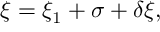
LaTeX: \xi = \xi _ { 1 } + \sigma + \delta \xi ,